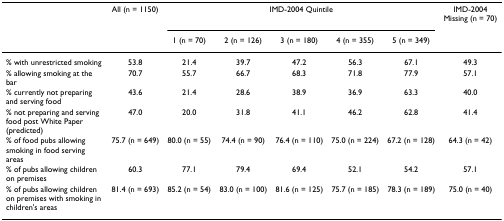
|  | All (n = 1150) | <COLSPAN=5> IMD-2004 Quintile | IMD-2004 Missing (n = 70) |
 |  |  | 1 (n = 70) | 2 (n = 126) | 3 (n = 180) | 4 (n = 355) | 5 (n = 349) |  |
 | --- | --- | --- | --- | --- | --- | --- | --- |
 | % with unrestricted smoking | 53.8 | 21.4 | 39.7 | 47.2 | 56.3 | 67.1 | 49.3 |
 | % allowing smoking at the bar | 70.7 | 55.7 | 66.7 | 68.3 | 71.8 | 77.9 | 57.1 |
 | % currently not preparing and serving food | 43.6 | 21.4 | 28.6 | 38.9 | 36.9 | 63.3 | 40.0 |
 | % not preparing and serving food post White Paper (predicted) | 47.0 | 20.0 | 31.8 | 41.1 | 46.2 | 62.8 | 41.4 |
 | % of food pubs allowing smoking in food serving areas | 75.7 (n = 649) | 80.0 (n = 55) | 74.4 (n = 90) | 76.4 (n = 110) | 75.0 (n = 224) | 67.2 (n = 128) | 64.3 (n = 42) |
 | % of pubs allowing children on premises | 60.3 | 77.1 | 79.4 | 69.4 | 52.1 | 54.2 | 57.1 |
 | % of pubs allowing children on premises with smoking in children's areas | 81.4 (n = 693) | 85.2 (n = 54) | 83.0 (n = 100) | 81.6 (n = 125) | 75.7 (n = 185) | 78.3 (n = 189) | 75.0 (n = 40) |